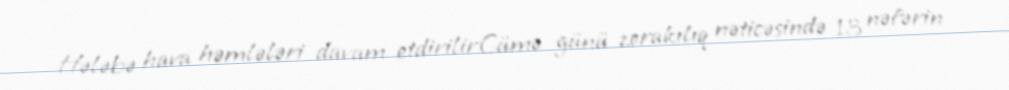
Hələbə hava həmlələri davam etdirilirCümə günü zorakılıq nəticəsində 13 nəfərin